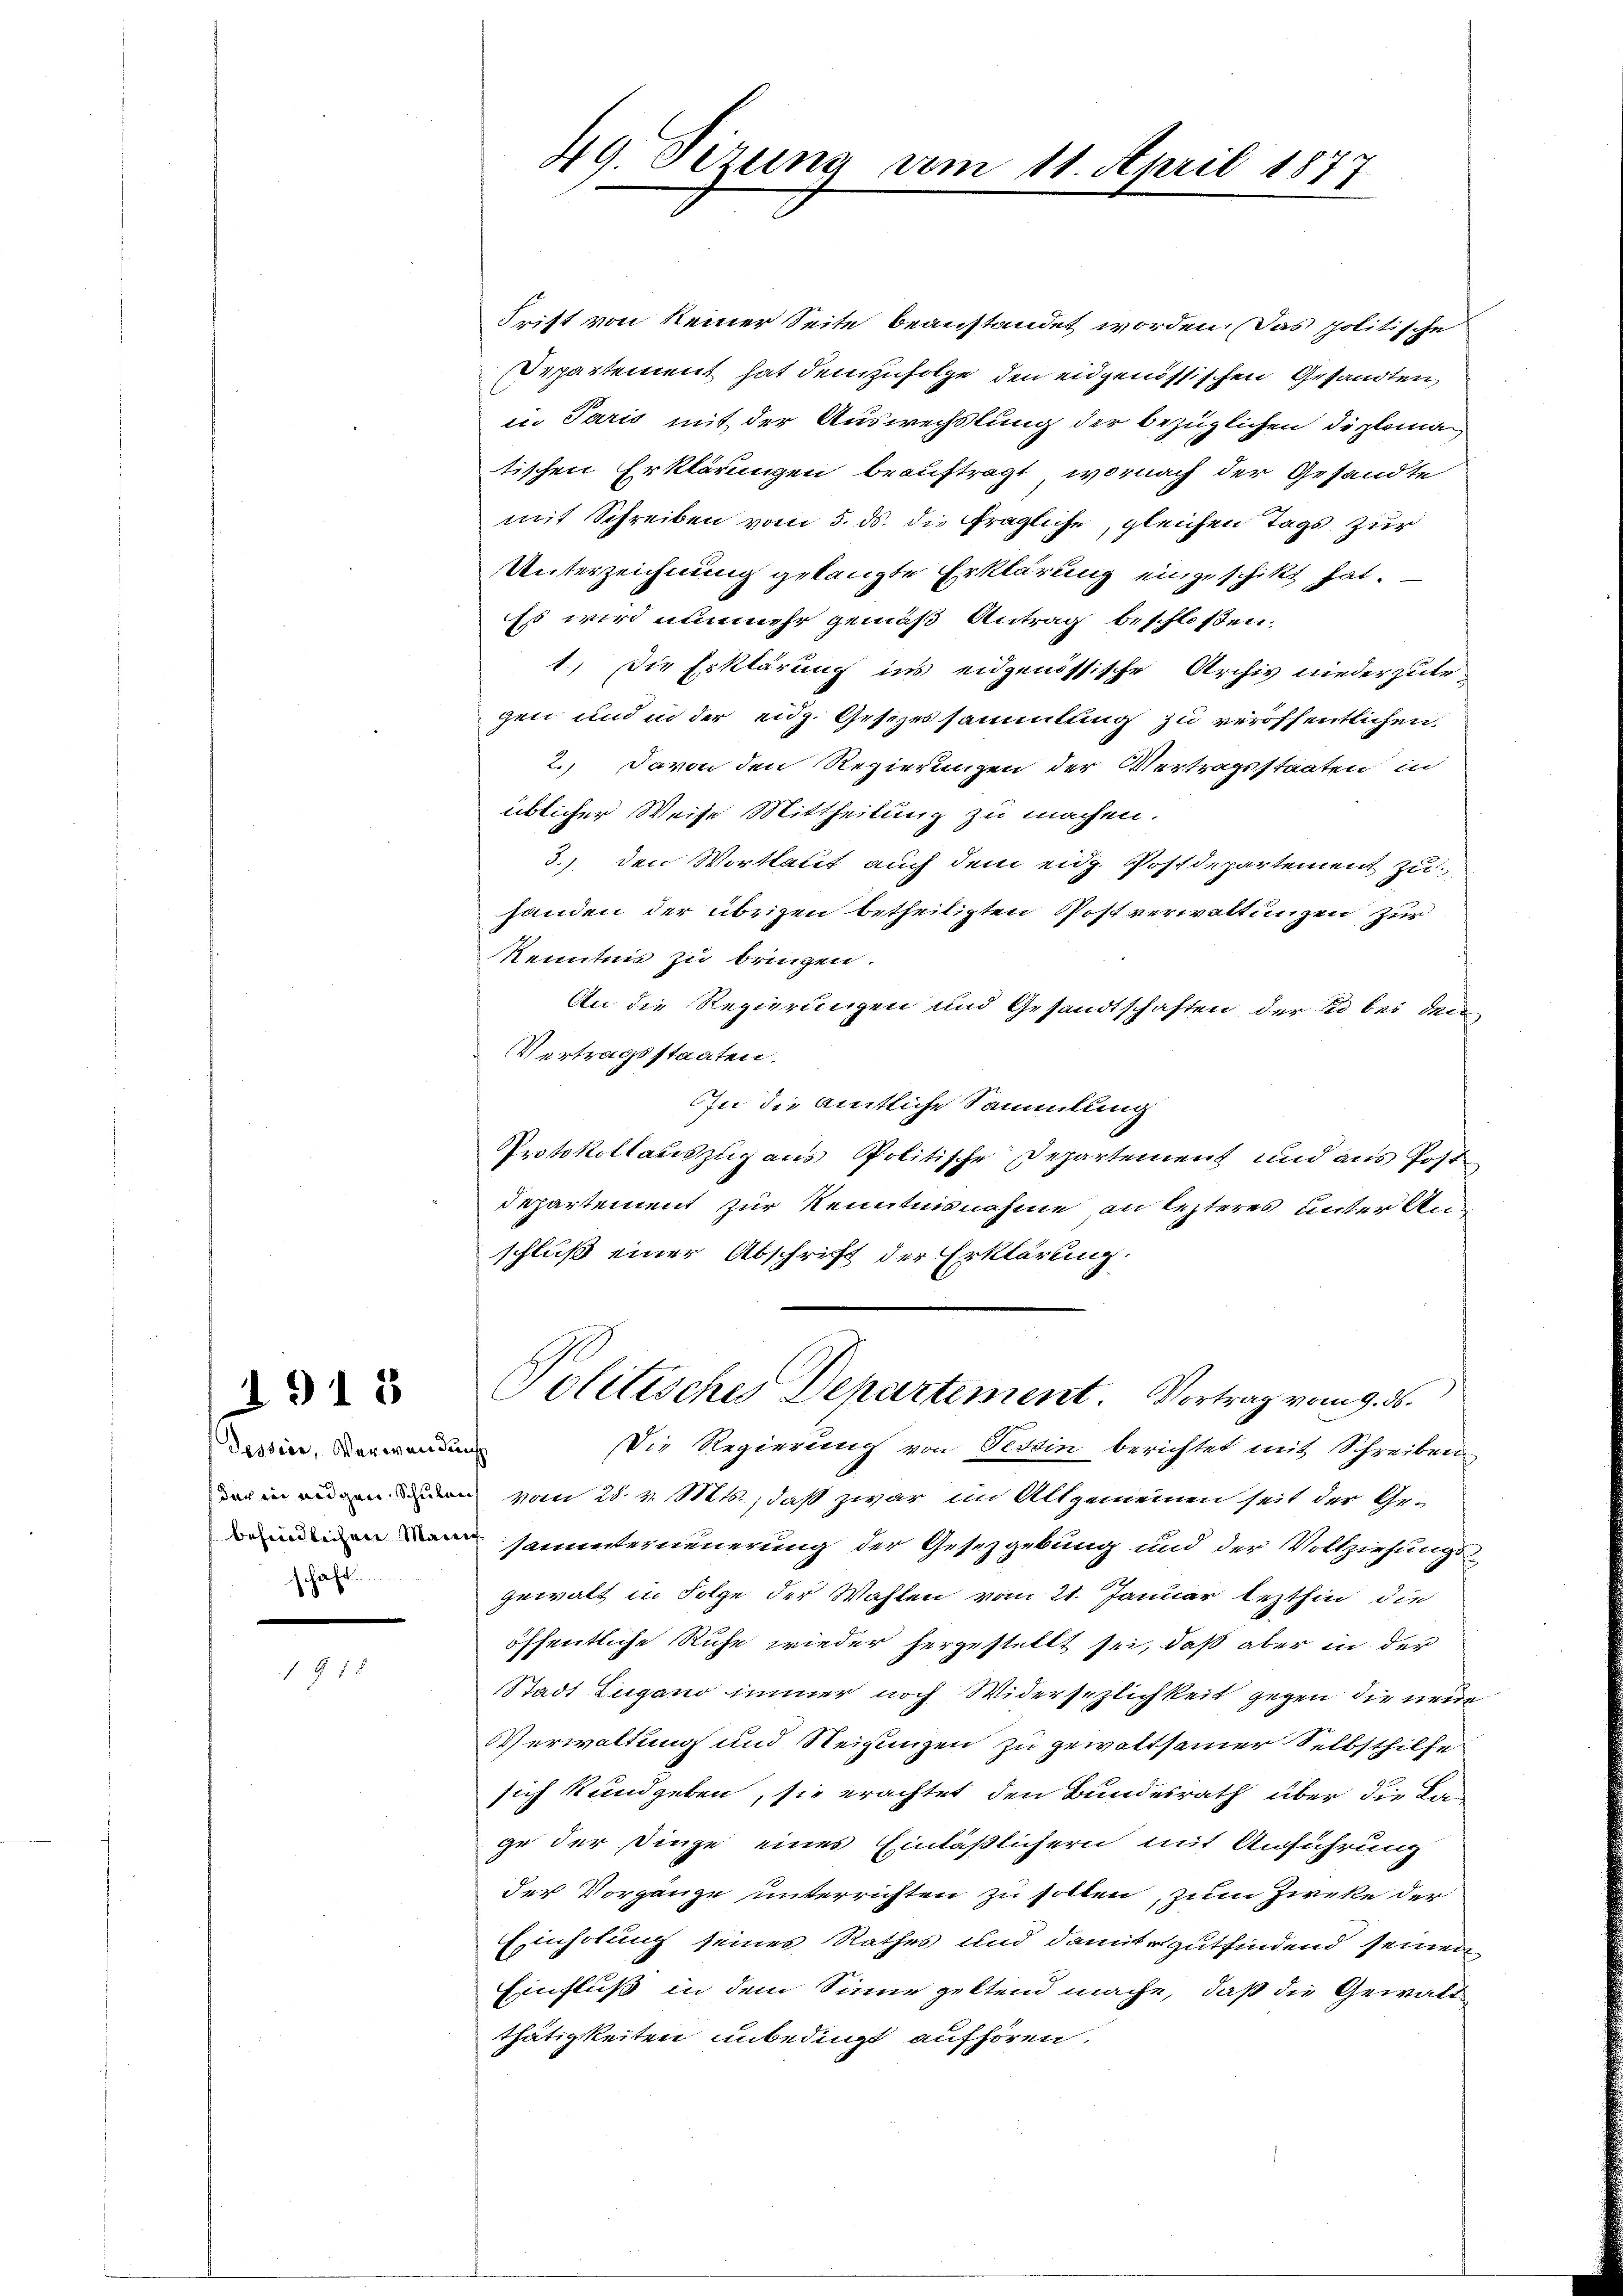
1918

Dession, Verwendung
schaft.

49. Sizung vom 11. April 1877

Frist von keiner Seite beanstandet worden. Das politische
Departement hat demzufolge den eidgenössischen Gesandten,
in Paris mit der Auswechslung der bezüglichen Diplomatischen Erklärungen beauftragt, wornach der Gesandte
mit Schreiben vom 5. ds. die fragliche, gleichen Tags zur
Unterzeichnung gelangte Erklärung eingeschikt hat.
Es wird nunmehr gemäß Antrag beschloßen,
1) Die Erklärung ins eidgenössische Archiv niederzutr
gen und in der eidg. Gesezessammlung zu veröffentlichen,
2.) Davon den Regierungen der Vertragsstaaten in
üblicher Weise Mittheilung zu machen.
3.) den Wortlaut auch dem eidg. Postdepartement zuhanden der übrigen betheiligten Postverwaltungen zur
Kenntnis zu bringen.
An die Regierungen und Gesandtschaften der so bei den
Vertragsstaaten.
In die amtliche Sammlung
Protokollauszug aus Politische Departement und aus Post
departement zur Kenntnisnahme an lezteres unter Anschluß einer Abschrift der Erklärung.
Politisches Departement. Vortrag vom 9. ds.
Die Regierung von Tessin berichtet mit Schreiben
und in einenden vom 28. v. Mts., daß zwar im Allgemeinen seit der Ge-
 sammterneuerung der Gesetzgebung und der Vollziehungsgewalt in Folge der Wahlen vom 21. Januar lezthin die
öffentliche Ruhe wieder hergestellt sei, daß aber in der
Stadt Lugano immer noch Widersezlichkeit gegen die neue
Verwaltung und Neigungen zu gewaltsamer Selbsthilfe
sich kundgeben, sie erachtet den Bundesrath über die Kange der Dinge eines Einläßlichern mit Anführung
der Vorgänge unterrichten zu sollen, zum Zweke der
Einholung seines Rathes und damit gutfindend seinen
Einfluß in dem Sinne geltend mache, daß die Gewaltthätigkeiten unbedingt aufhören.